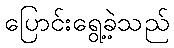
ပြောင်းရွေ့ခဲ့သည်